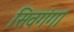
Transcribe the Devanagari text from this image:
सिवगंगा